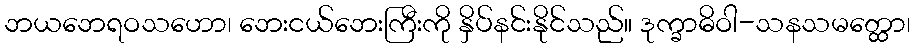
ဘယဘေရဝသဟော၊ ဘေးငယ်ဘေးကြီးကို နှိပ်နင်းနိုင်သည်။ ဒုက္ခာဓိဝါ-သနသမတ္ထော၊